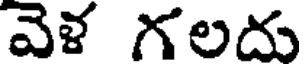
వెళ గలదు